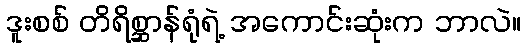
ဒူးစစ် တိရိစ္ဆာန်ရုံရဲ့ အကောင်းဆုံးက ဘာလဲ။